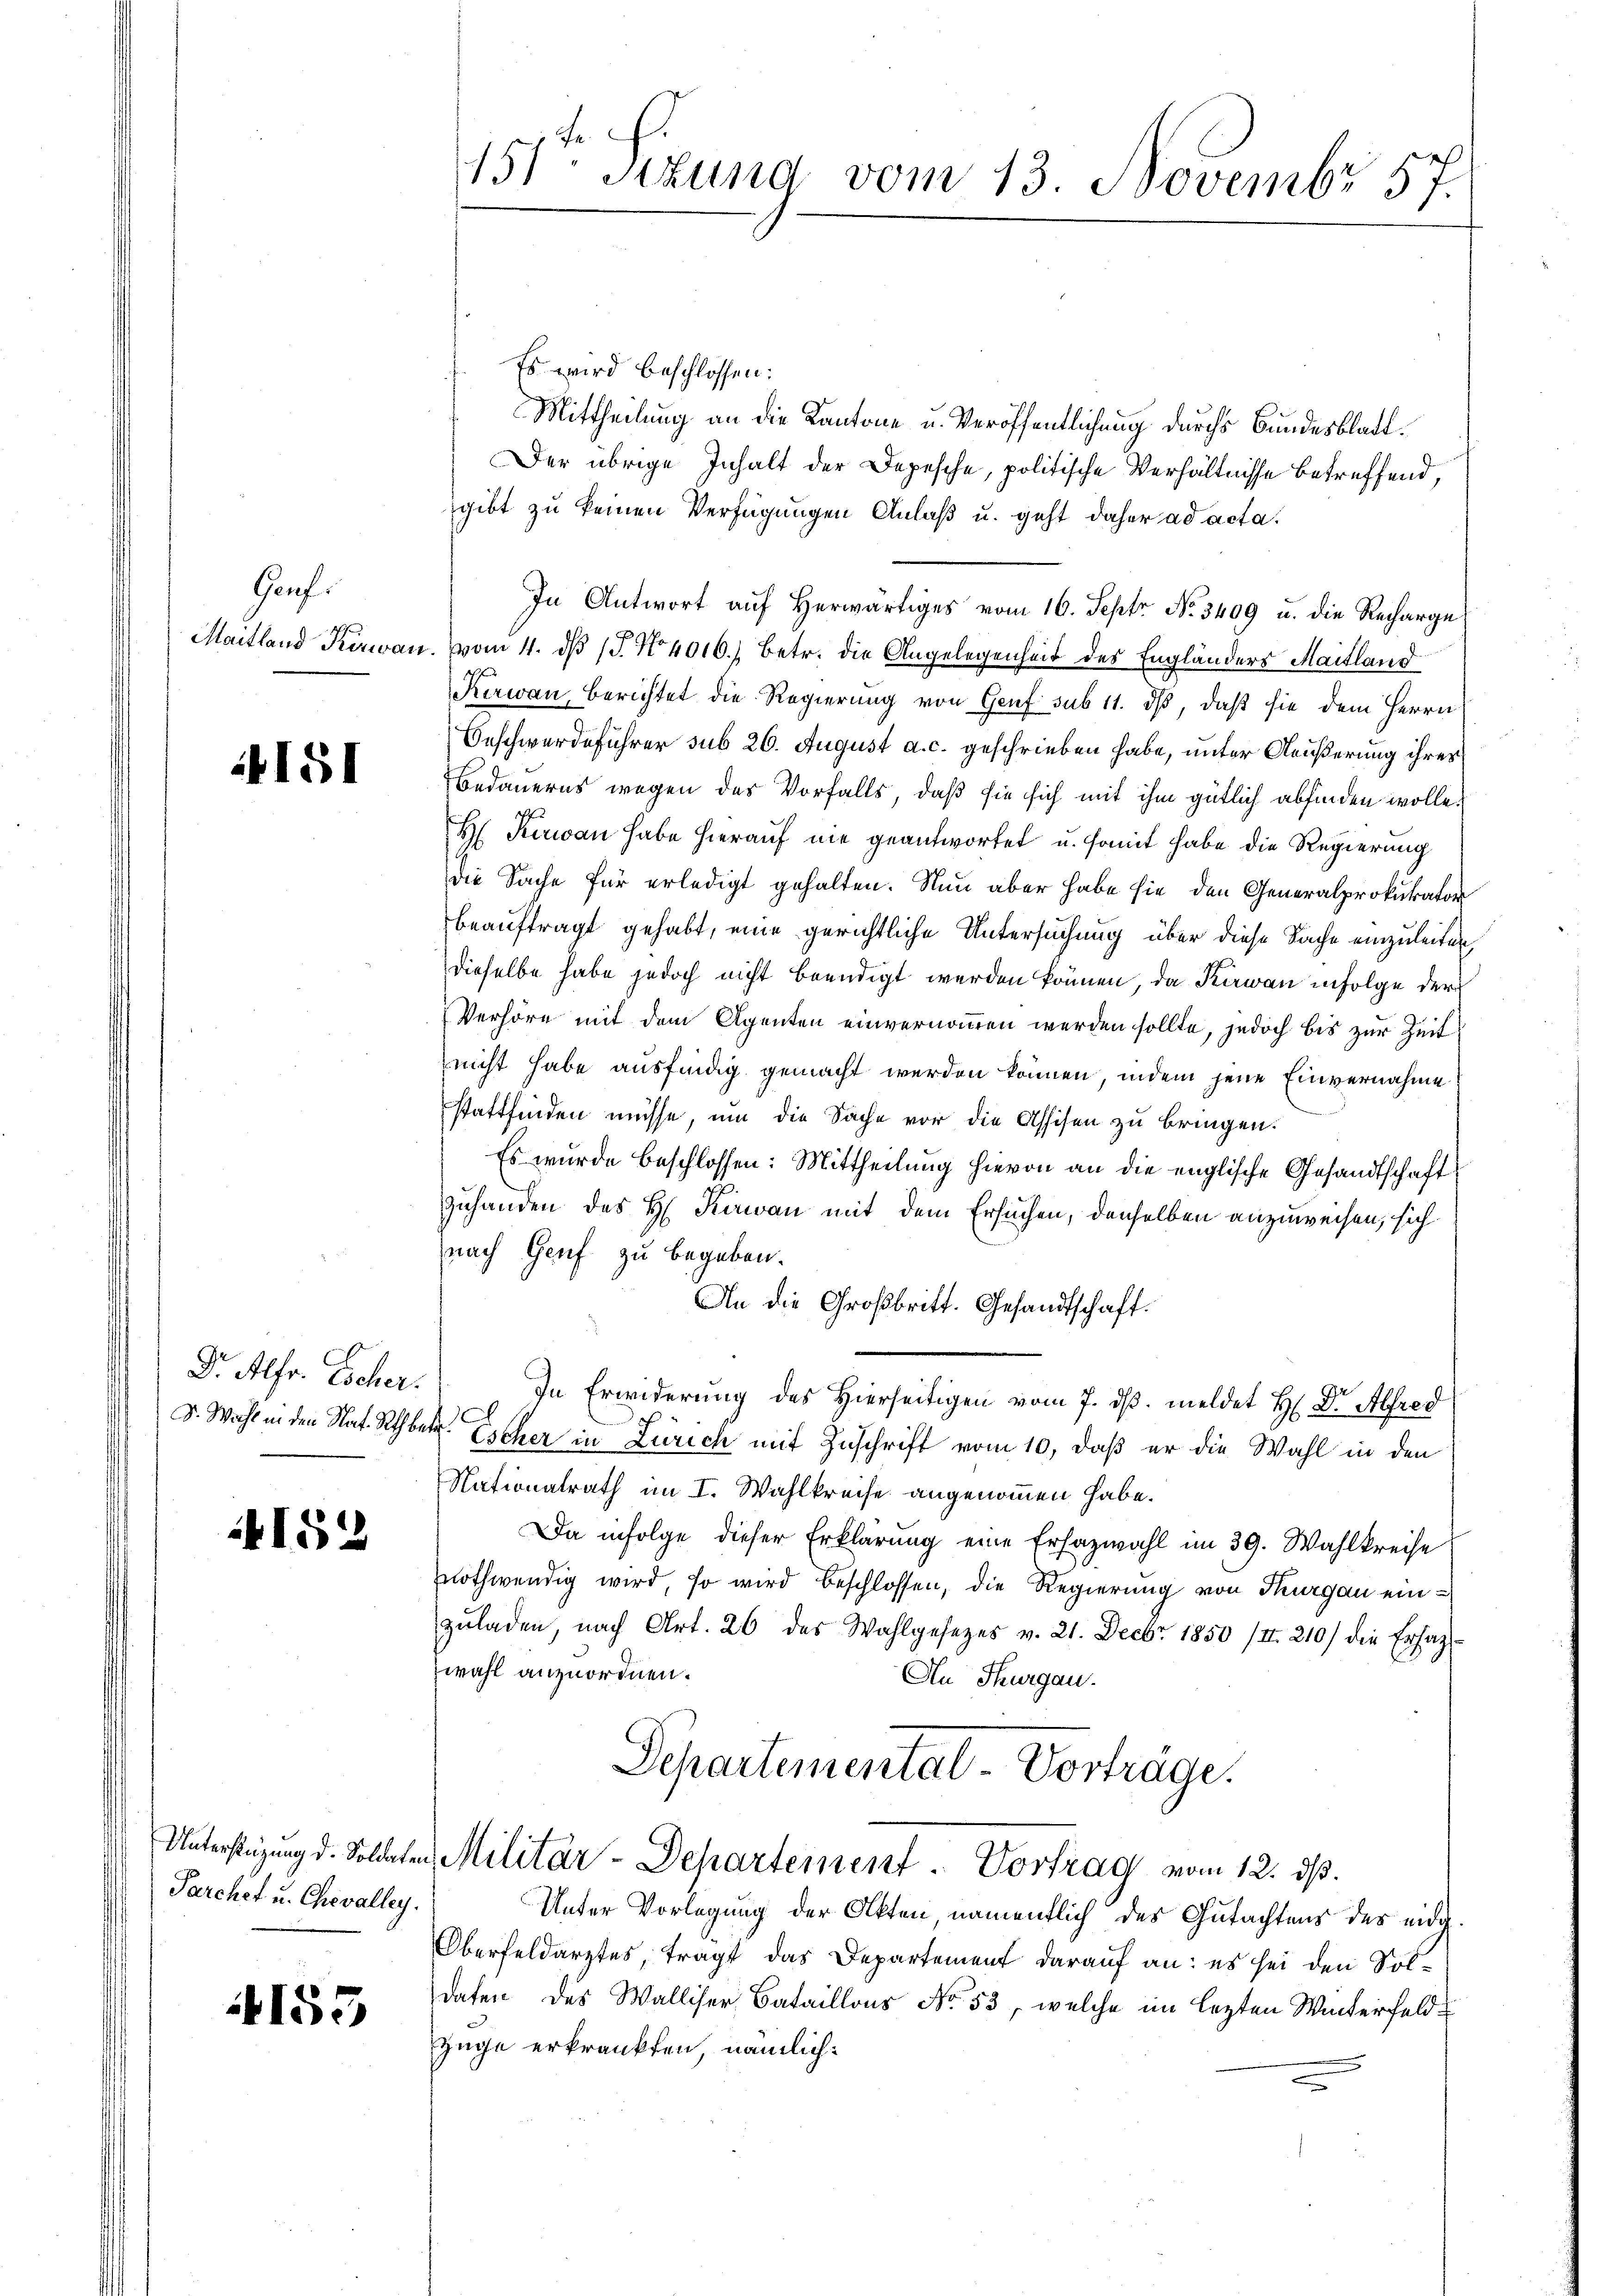
Gauf.
Maitland Kirwan

151

Dr. Alfr. Escher.
D. Wahl in den Nat. Rath be

152

Unterstützung d. Soldaten
Parchet u. Chevalley.

153

f.
151 sizung vom 13. Novembr 57.

Es wird beschlossen:
Mittheilung an die Kantone u. Veröffentlichung durchs Bundesblatt.
Der übrige Inhalt der Depesche, politische Verhältnisse betreffend,
gibt zu keinen Verfügungen Anlaß u. geht daher ad acta.
In Antwort auf herwärtiges vom 16. Sept No. 3409 u. die Recharge
vom 11. dβ 15. No 4016.) Betr. die Angelegenheit des Engländers Maitland
Kerwan, berichtet die Regierung von Genf sub 11. ds, daß sie dem Herrn
Beschwerdeführer sub 26. August a. c. geschrieben habe, unter Aeußerung ihrer
Bedauerns wegen des Vorfalls, daß sie sich mit ihm gütlich abfinden wolle.
H Keran habe hierauf nie geantwortet u. somit habe die Regierung
die Sache für erledigt gehalten. Nun aber habe sie den Generalprokurator
beauftragt gehabt, eine gerichtliche Untersuchung über diese Sache einzuleiten,
dieselbe habe jedoch nicht beendigt werden können, da Kiwan infolge der
Verhöre mit dem Agenten einvernommen werden sollte, jedoch bis zur Zeit
nicht habe ausfindig gemacht werden können, indem jene Einvernahme
stattfinden müsse, um die Sache vor die Assisen zu bringen.
Es wurde beschlossen: Mittheilung hievon an die englische Gesandtschaft
zuhanden des H. Kiwan mit dem Ersuchen, denselben anzuweisen, sich
nach Genf zu begeben.
An die Großbritt. Gesandtschaft.
In Erwiderung des Hierseitigen vom 7. ds. meldet H. Dr. Alfred
A
o
t
Escher in Zürich mit Zuschrift vom 10, daß er die Wahl in den
Nationalrath im I. Wahlkreise angenommen habe.
Da infolge dieser Erklärung eine Erfazwahl im 39. Wahlkreise
nothwendig wird, so wird beschlossen, die Regierung von Thurgau einzŭladen, nach Art. 26 des Wahlgesetzes v. 21. Decbr. 1850 /II. 210) die Erfahzwahl anzuordnen.
An Thurgau.
Departemental-Vorträge.
Militär-Departement. Vortrag vom 12. ds.
Unter Vorlegung der Akten namentlich des Gutachtens des eidg.
Oberfeldarztes, tragt das Departement darauf an: es sei den Soldaten des Walliser Bataillons No. 53, welche im lezten Winterfeld¬
Züge erkrankten, nämlich: